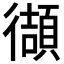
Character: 𫹧